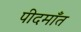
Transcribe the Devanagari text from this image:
पीदमाँत